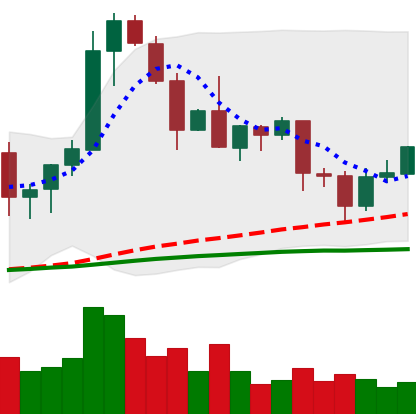
Ticker: EOS-USD
Chart end date: 2020-08-30
Forward return: -7.719%
Label: down_7plus